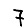
Digit: 7